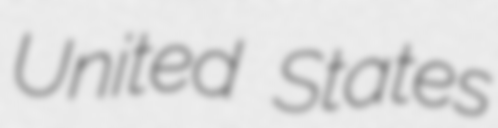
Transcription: United States